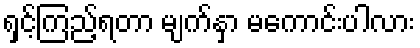
ရှင့်ကြည့်ရတာ မျက်နှာ မကောင်းပါလား